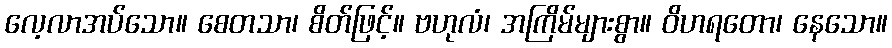
လေ့လာအပ်သော။ စေတသာ၊ စိတ်ဖြင့်။ ဗဟုလံ၊ အကြိမ်များစွာ။ ဝိဟရတော၊ နေသော။